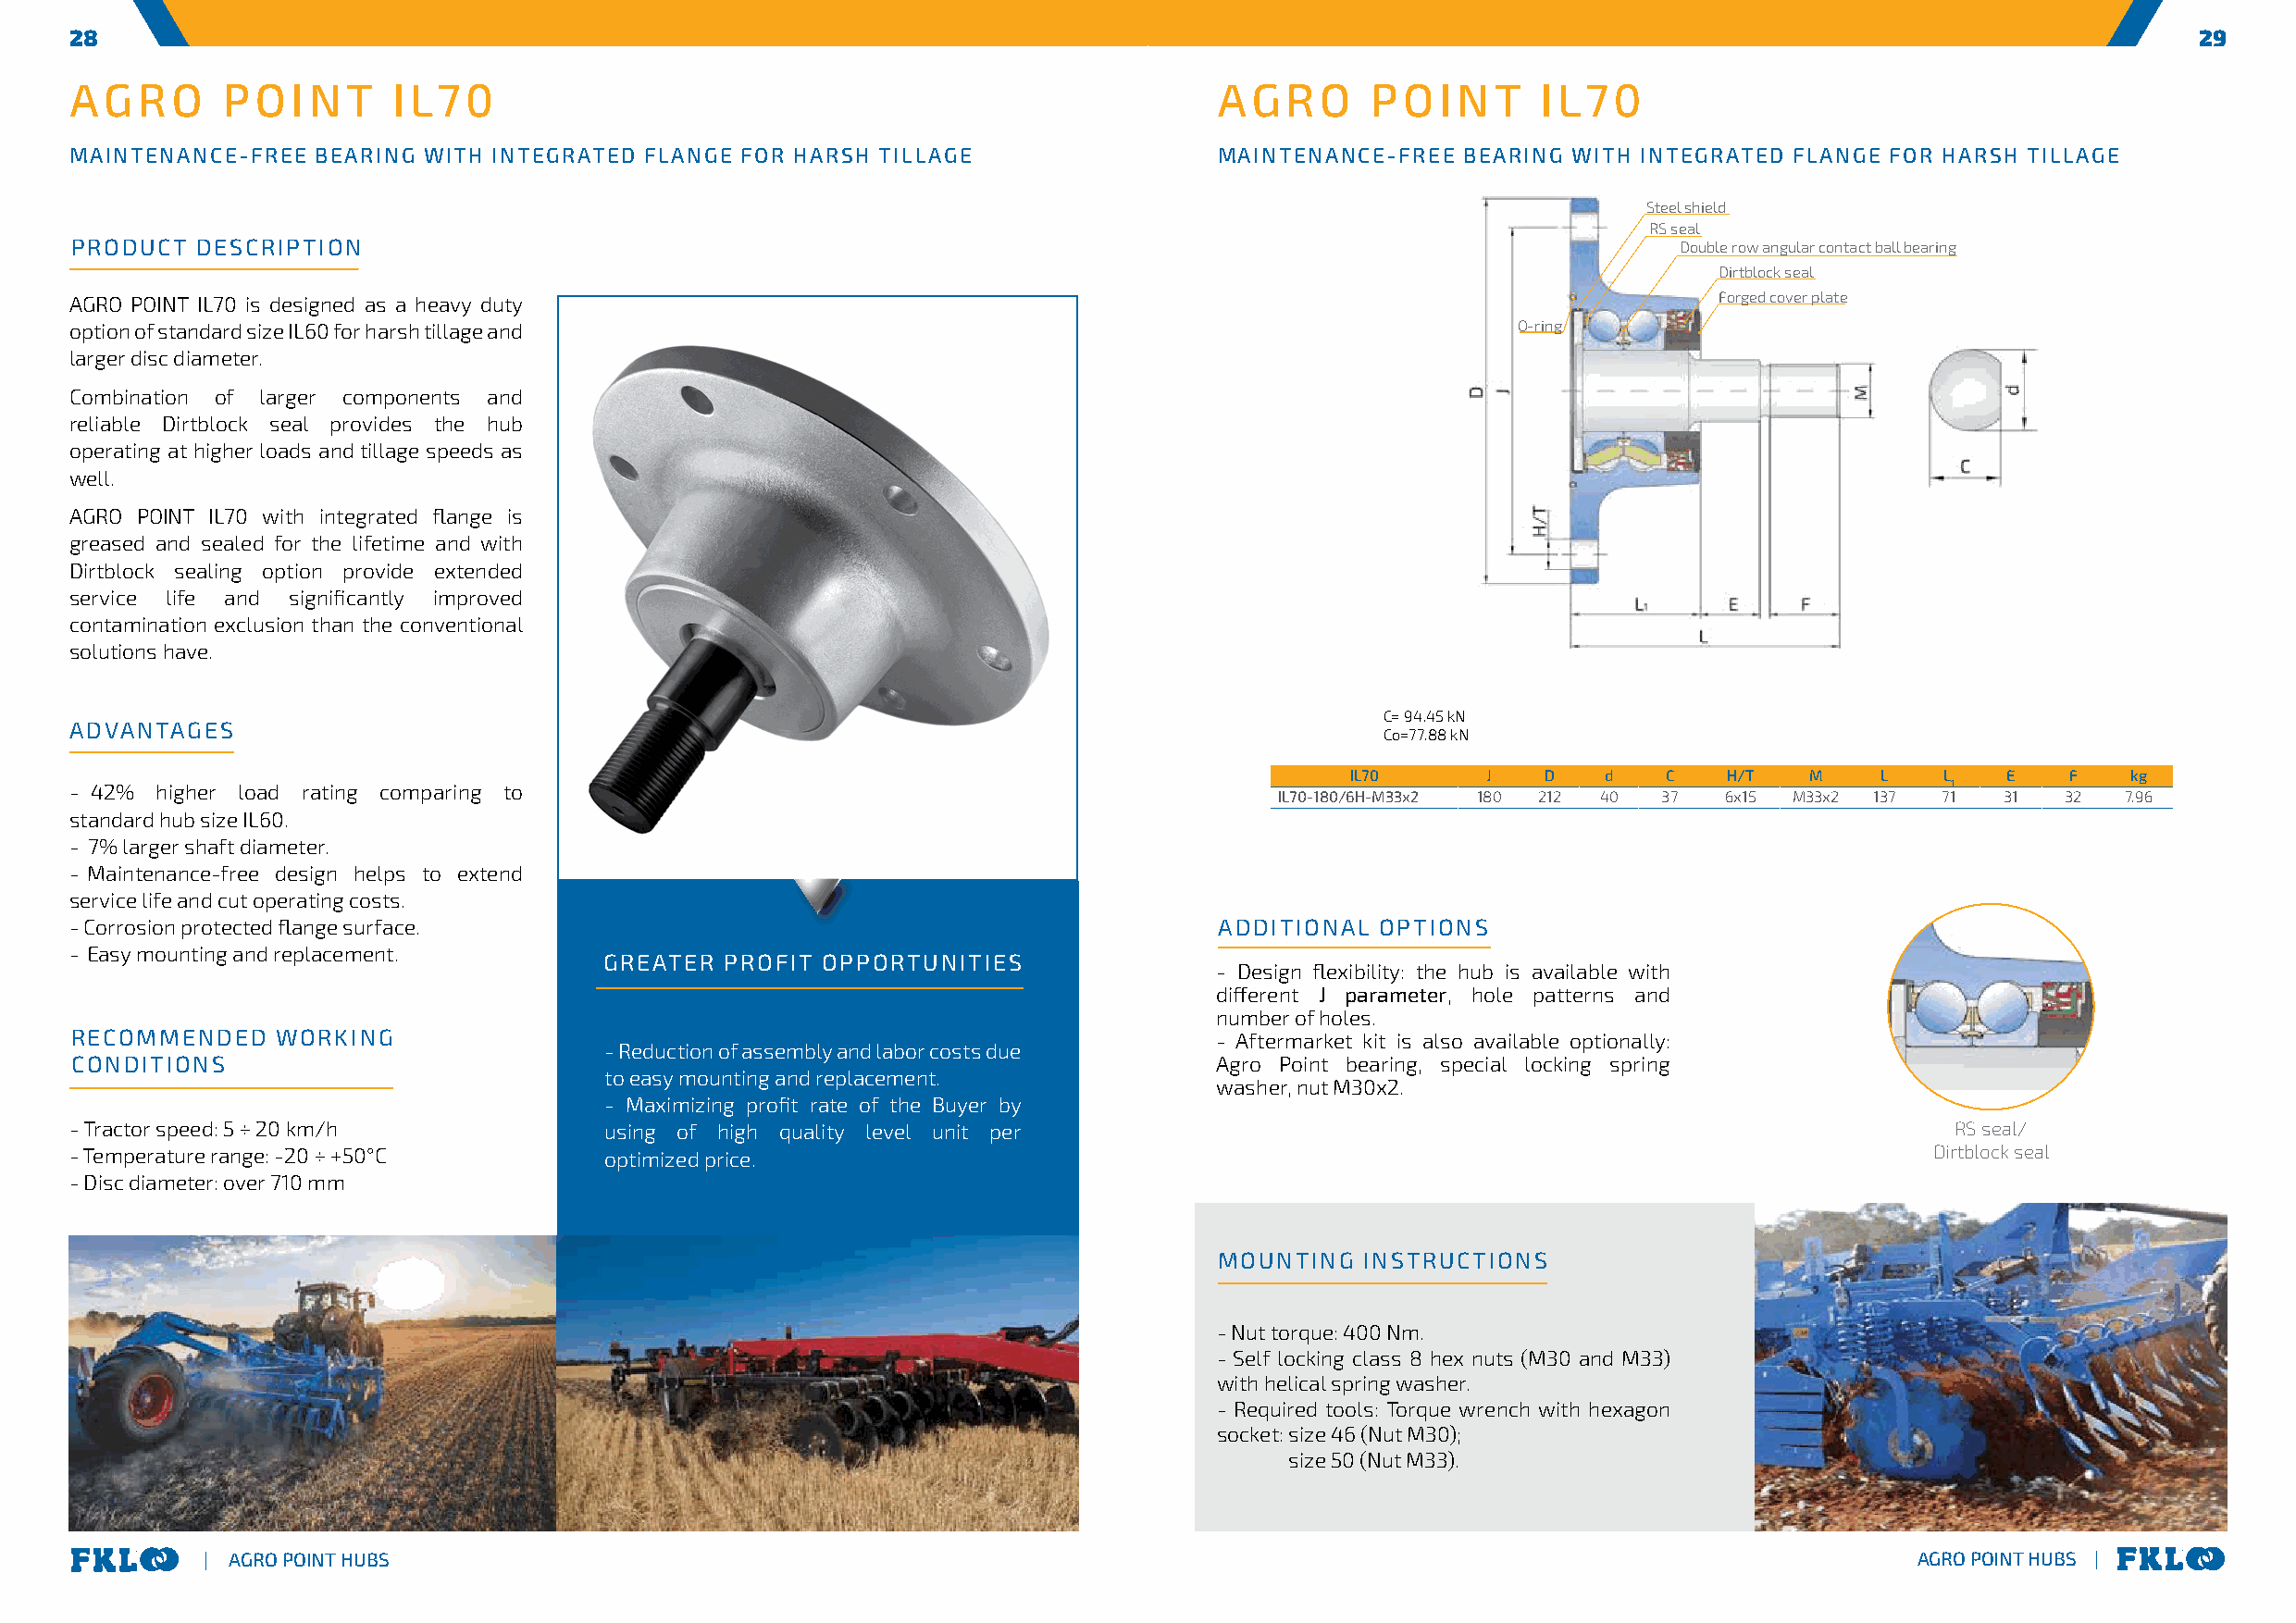
28                                                                                                                                                      29
 AGRO       POINT       IL70                                                       AGRO       POINT       IL70
 MAINTENANCE-FREE  BEARING WITH INTEGRATED FLANGE FOR HARSH TILLAGE                MAINTENANCE-FREE  BEARING WITH INTEGRATED FLANGE FOR HARSH TILLAGE
 Steel shield
 RS seal
 PRODUCT  DESCRIPTION                                                                                               Double row angular contact ball bearing
 Dirtblock seal
 AGRO POINT IL70 is designed as a heavy duty                                                                           Forged cover plate
 option of standard size IL60 for harsh tillage and                                                      O-ring
 larger disc diameter.
 Combination of larger components and
 reliable Dirtblock seal provides the hub
 operating at higher loads and tillage speeds as
 well.
 AGRO POINT IL70 with integrated flange is
 greased and sealed for the lifetime and with
 Dirtblock sealing option provide extended
 service life and significantly improved
 contamination exclusion than the conventional
 solutions have.
 C= 94.45 kN
 ADVANTAGES
 Co=77.88 kN
 IL70     J   D    d   C    H/T  M     L   L    E   F   kg
 - 42% higher load rating comparing to                                                                                                 1
 IL70-180/6H-M33x2 180 212 40 37 6x15 M33x2 137  71  31   32  7.96
 standard hub size IL60.
 - 7% larger shaft diameter.
 - Maintenance-free design helps to extend
 service life and cut operating costs.
 - Corrosion protected flange surface.                                             ADDITIONAL  OPTIONS
 - Easy mounting and replacement.
 GREATER  PROFIT OPPORTUNITIES
 - Design flexibility: the hub is available with
 different J parameter, hole patterns and
 number of holes.
 RECOMMENDED    WORKING                                                            - Aftermarket kit is also available optionally:
 - Reduction of assembly and labor costs due
 CONDITIONS                                                                        Agro Point bearing, special locking spring
 to easy mounting and replacement.
 washer, nut M30x2.
 - Maximizing profit rate of the Buyer by
 - Tractor speed: 5 ÷ 20 km/h          using of high quality level unit per                                                             RS seal/
 - Temperature range: -20 ÷ +50°C      optimized price.                                                                               Dirtblock seal
 - Disc diameter: over 710 mm
 MOUNTING   INSTRUCTIONS
 - Nut torque: 400 Nm.
 - Self locking class 8 hex nuts (M30 and M33)
 with helical spring washer.
 - Required tools: Torque wrench with hexagon
 socket: size 46 (Nut M30);
 size 50 (Nut M33).
 | AGRO POINT HUBS                                                                                                         AGRO POINT HUBS |